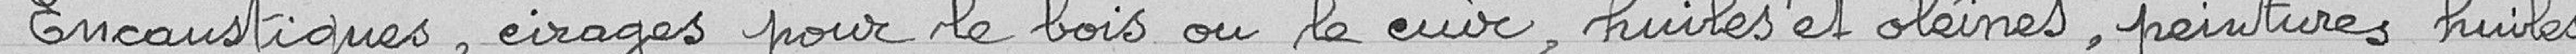
Encaustiques, cirages pour le bois ou le cuir, huiles et oléines, peintures, huiles